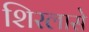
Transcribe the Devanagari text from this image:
शिरलासे